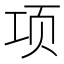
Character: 项